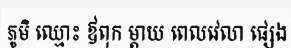
ភូមិ ឈ្មោះ ឪពុក ម្តាយ ពេលវេលា ផ្សេង